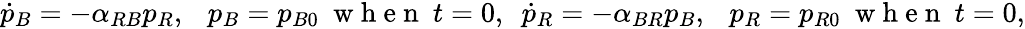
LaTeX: \begin{array}{r}{\dot{p}_{B}=-\alpha_{RB}p_{R},\ \ \ p_{B}=p_{B0}\ \mathrm{~w~h~e~n~}\ t=0,\ \ \dot{p}_{R}=-\alpha_{BR}p_{B},\ \ \ p_{R}=p_{R0}\ \mathrm{~w~h~e~n~}\ t=0,}\end{array}